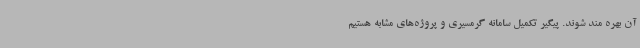
آن بهره مند شوند. پیگیر تکمیل سامانه گرمسیری و پروژه‌های مشابه هستیم